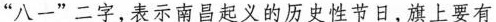
”八一”二字，表示南昌起义的历史性节日，旗上要有